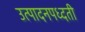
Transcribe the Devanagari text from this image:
उत्पादनपध्दती